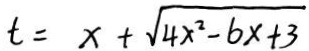
t = x + \sqrt { 4 x ^ { 2 } - 6 x + 3 }